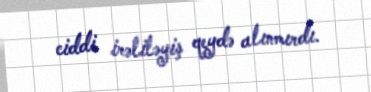
ciddi irəliləyiş qeydə alınmırdı.